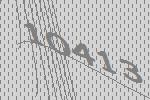
10413